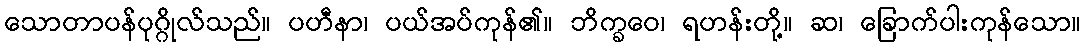
သောတာပန်ပုဂ္ဂိုလ်သည်။ ပဟီနာ၊ ပယ်အပ်ကုန်၏။ ဘိက္ခဝေ၊ ရဟန်းတို့။ ဆ၊ ခြောက်ပါးကုန်သော။